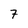
Character: 7